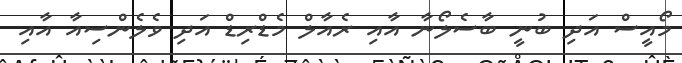
މޯއީސް އަދި ބުނީ ބާސެލޯނާ އާއި ރެއާލް މެޑްރިޑް އަދި ވެލެންސިއާ އާއި